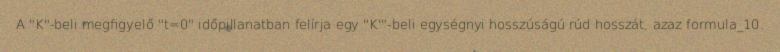
A "K"-beli megfigyelő "t=0" időpillanatban felírja egy "K'"-beli egységnyi hosszúságú rúd hosszát, azaz formula_10.